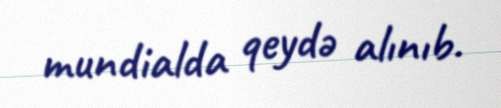
mundialda qeydə alınıb.